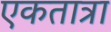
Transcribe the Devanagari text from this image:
एकतात्रा